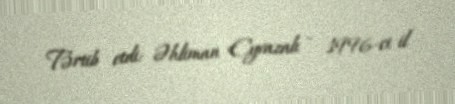
Tərtib etdi: Əhliman Eyvazalı - 1996-ci il